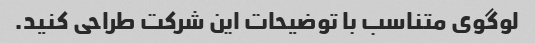
لوگوی متناسب با توضیحات این شرکت طراحی کنید.